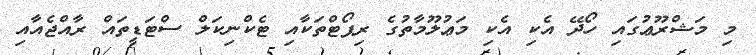
މި މަޝްރޫޢުގައި ހޯދޭ އެކި އެކި މަޢުލޫމާތުގެ ރިޕޯޓްތަކާއި ޓެކްނިކަލް ސްޓަޑީތައް ރާއްޖެއާއި